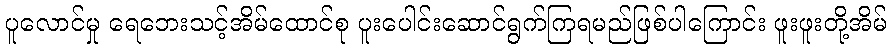
ပူလောင်မှု ရေဘေးသင့်အိမ်ထောင်စု ပူးပေါင်းဆောင်ရွက်ကြရမည်ဖြစ်ပါကြောင်း ဖူးဖူးတို့အိမ်